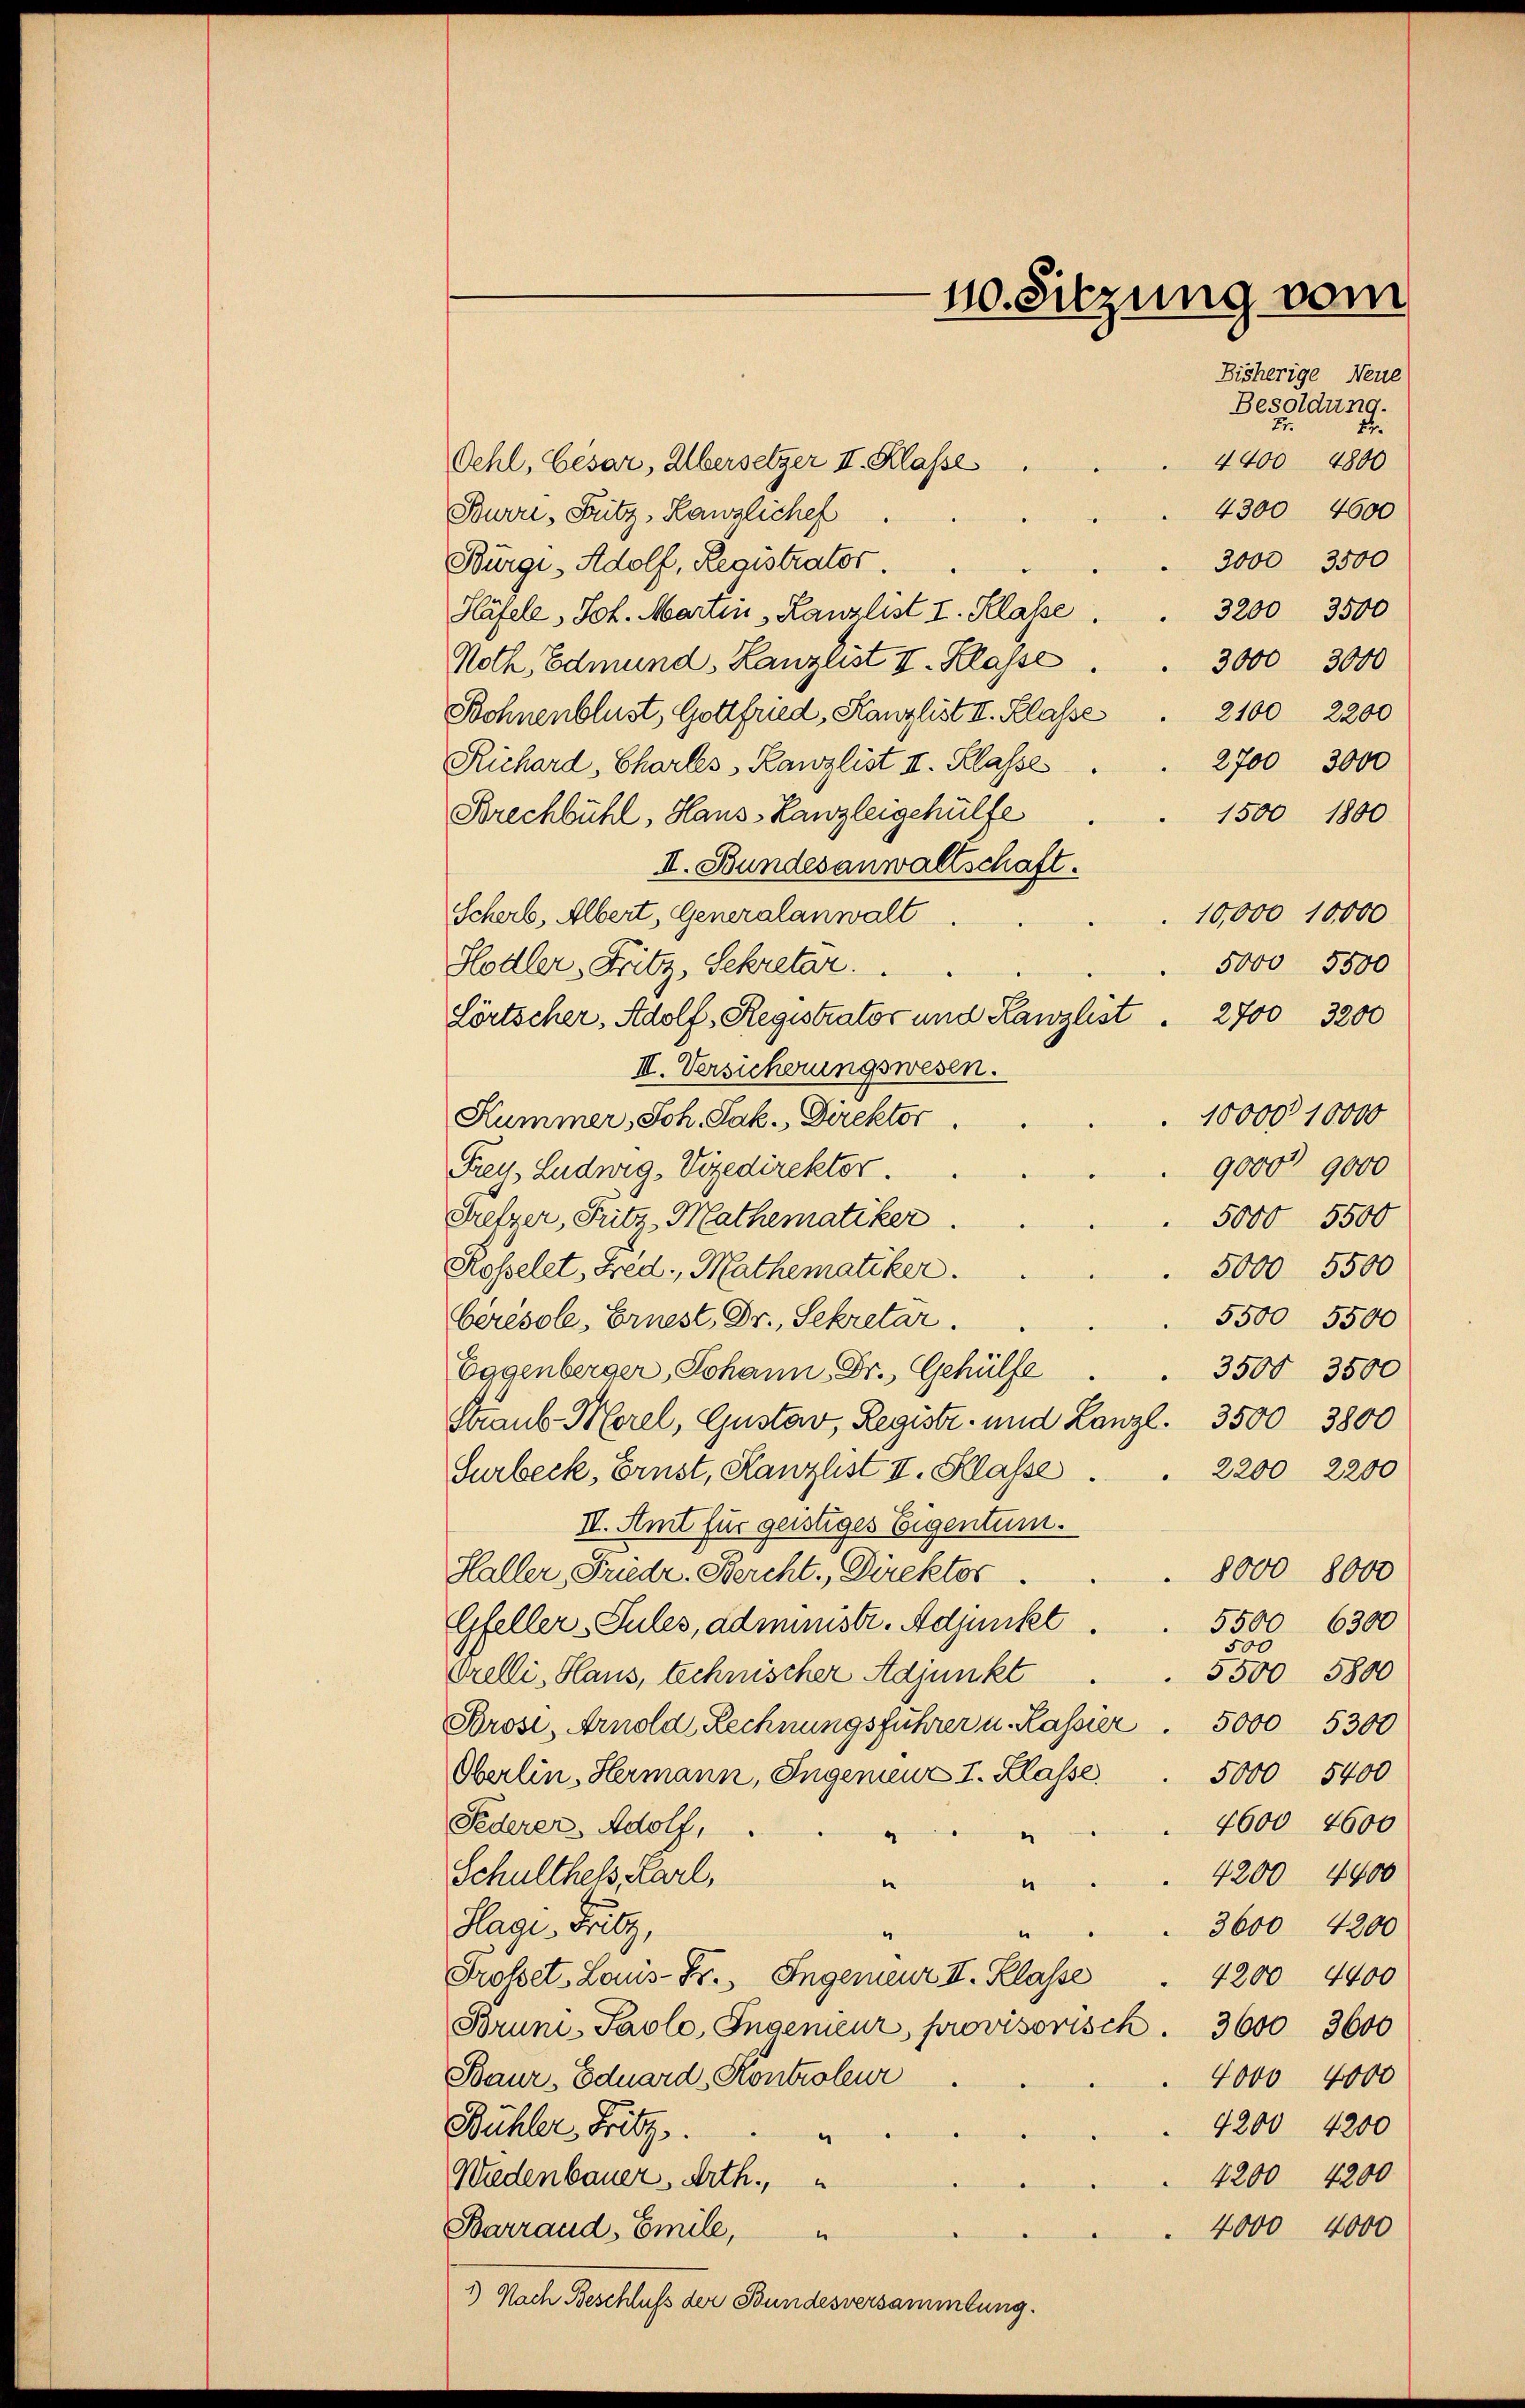
110. Sitzung vom
Bisherige Neue
Besoldung.

Er
27.
4400 4800
Oehl, Cesar, Übersetzer II. Klasse
4300 4600
Burri, Fritz, Kanzlichef
3000 3500
Bürgi, Adolf, Registrator.
3200 3500
Häfele, Joh. Martin Kanzlist I. Klasse
3000 3000
Noth, Edmund, Lanzlist I. Klasse
2100 2200
Bohnenblust, Gottfried, Kanzlist II. Klasse
2700 3000
Richard, Charles, Kanzlist II. Klasse
Brechbühl, Haus-Kanzleigehülfe
1500 1800
II. Bundesanwaltschaft.
Scherb, Albert, Generalanwalt
10,000 10,000
5000 5500
Hodler, Fritz, Sekretar.
Lörtscher, Adolf, Registrator und Kanzlist . 2700 3200
II. Versicherungswesen.
10000 10000
Kummer, Joh. Sak., Direktor.
9000 9000
Frey, Ludwig, Vizedirektor.
Pretzer, Fritz, Mathematiker.
5000 5500
Rosselet, Fred, Mathematiker.
5000 5500
5500 5500
beresole, Ernest, Dr. Sekretar.
Eggenberger, Johann Dr. Gehülfe
3500 3500
Straub-Morel, Gustav, Registr. und Lanzl. 3500 3800
2200 2200
Surbeck, Ernst, Kanzlist II. Klasse
II. Amt für geistiges Eigentum.
8000 8000
Haller, Friedr. Bercht, Direktor.
Gfeller-Sules, administr. Adjunkt
5500 6300
500
5500 5800
Orelli, Haus, technischer Adjunkt
Brose, Arnold Rechnungsführer u. Kassier. 5000 5300
Oberlin, Hermann, Ingenieur I. Klasse
5000 5400
4600 4600
Federer Adolf,
e
“
4200. 4400
Schulthess, Karl,
e
Hage, Fritz,
3600 4200
.
Grosset,Laus- Fr., Ingenieur II. Klasse
4200. 4400
Bruni-Paolo, Ingenieur provisorisch. 3600 3600
Baur, Eduard Kontroleur
4000 4000
4200 4200
Bühler, Fritz
4200 4200
Wiedenbauer, Arth.,
4000 4000
Barrand, Emile,
1) Nach Beschluß der Bundesversammtung.